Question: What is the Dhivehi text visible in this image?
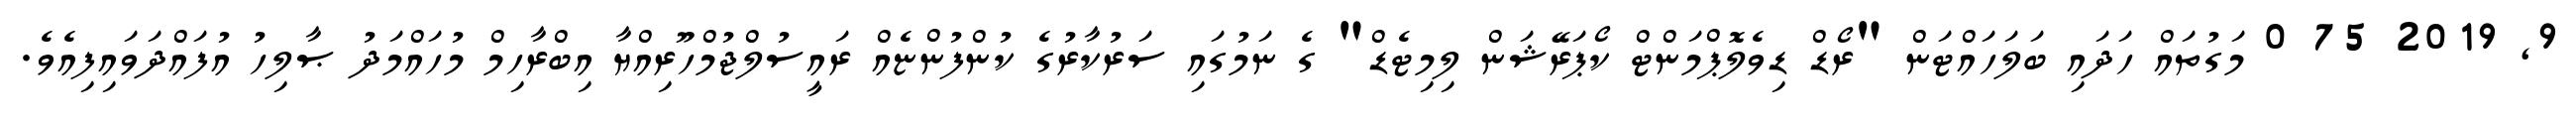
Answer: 9, 2019 75 0 މަގުތައް ހަދައި ބަލަހައްޓަން "ރޯޑް ޑިވެލޮޕްމަންޓް ކޯޕަރޭޝަން ލިމިޓެޑް" ގެ ނަމުގައި ސަރުކާރުގެ ކުންފުންޏެއް ރައީސުލްޖުމްހޫރިއްޔާ އިބްރާހިމް މުހައްމަދު ޞާލިހު އުފައްދަވައިފިއެވެ.